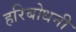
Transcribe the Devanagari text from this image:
हरिबोधनी